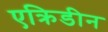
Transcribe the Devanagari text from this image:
एक्रिडीन